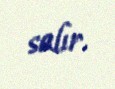
salır.